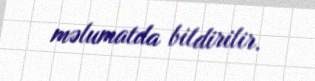
məlumatda bildirilir.